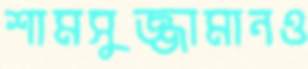
শামসুজ্জামানও